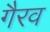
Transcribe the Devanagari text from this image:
गैरव